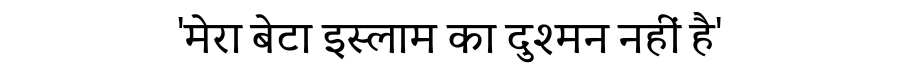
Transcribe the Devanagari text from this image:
'मेरा बेटा इस्लाम का दुश्मन नहीं है'